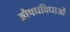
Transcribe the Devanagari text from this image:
औषधविधाओं